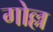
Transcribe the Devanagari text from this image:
गोल्ल